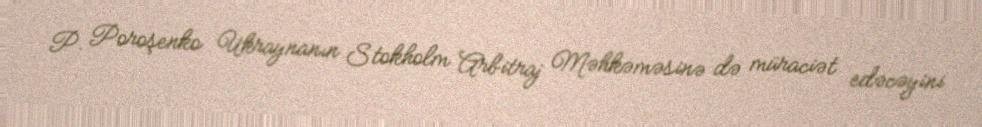
P. Poroşenko Ukraynanın Stokholm Arbitraj Məhkəməsinə də müraciət edəcəyini